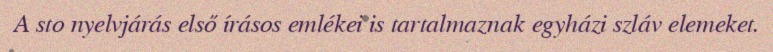
A sto nyelvjárás első írásos emlékei is tartalmaznak egyházi szláv elemeket.